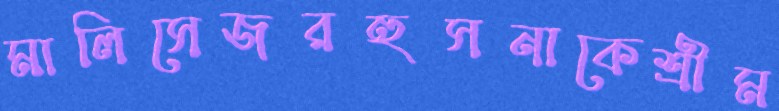
মালিসেজরহুসনাকেশ্রীম